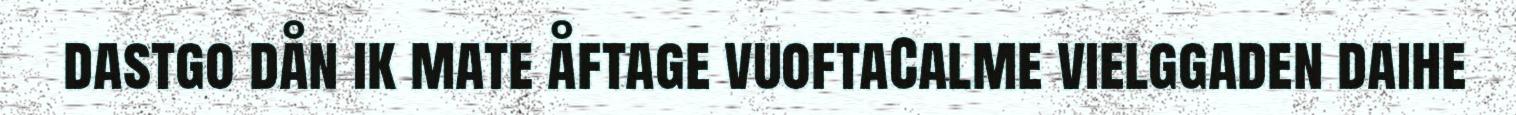
dastgo dån ik mate åftage vuoftaCalme vielggaden daihe